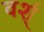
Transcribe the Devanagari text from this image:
वर्श्